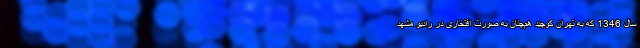
سال 1346 که به تهران کوچید هم‌‌چنان به صورت افتخاری در رادیو مشهد